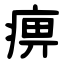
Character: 痹